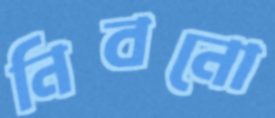
নিবনো